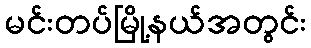
မင်းတပ်မြို့နယ်အတွင်း